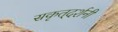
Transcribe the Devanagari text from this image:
सकृत्‌दर्शनी